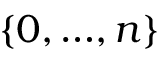
\left\{ 0 , { \ldots } , n \right\}